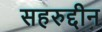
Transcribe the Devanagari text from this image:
सहरुद्दीन